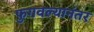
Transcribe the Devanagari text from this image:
फुगवल्यानंतर